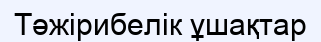
Тәжірибелік ұшақтар